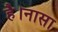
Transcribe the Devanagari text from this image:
है।नासा